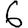
Digit: 6